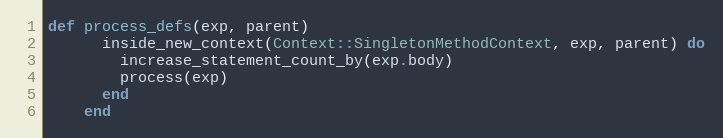
Language: Ruby
def process_defs(exp, parent)
      inside_new_context(Context::SingletonMethodContext, exp, parent) do
        increase_statement_count_by(exp.body)
        process(exp)
      end
    end